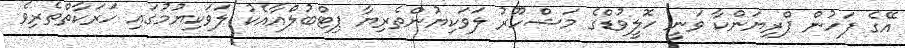
އޭގެ ފަހުން ޕްރިޔަންކާ ވަނީ ހޮލީވުޑްގެ މަޝްހޫރު ލަވަކިޔުންތެރިޔާ ޕިޓްބުލްއާއެކު ލަވަކިޔުމުގައި ހަރަކާތްތެރިވެ